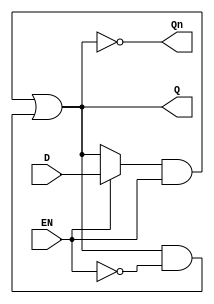
module GatedDLatch (
    input wire D,    // Data input
    input wire EN,   // Enable control signal
    output wire Q,   // Output signal
    output wire Qn   // Complement of the output Q
);

    // Internal wires to hold the state
    wire D_int, Q_int;

    // NAND-based Gated D Latch implementation
    assign D_int = EN ? D : Q_int; // If EN is high, pass D; else retain Q_int
    assign Q_int = (D_int & EN) | (Q_int & ~EN); // State retention logic
    assign Q = Q_int;   // Output Q
    assign Qn = ~Q;     // Complement of Q

endmodule